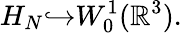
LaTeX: H_{N}{\hookrightarrow}W_{0}^{1}({\mathbb R}^{3}).